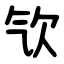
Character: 㰟